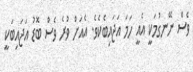
ވެސް ނޭނގުމަކީ އެއީ ހަމަ އަޖައިބެކެވެ. އެއަށް ވުރެ ވެސް ބޮޑު އަޖައިބަކީ